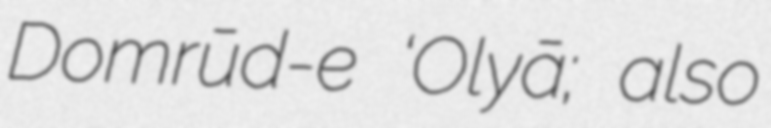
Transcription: Domrūd-e ‘Olyā; also